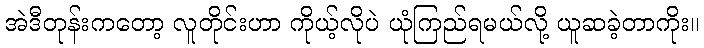
အဲဒီတုန်းကတော့ လူတိုင်းဟာ ကိုယ့်လိုပဲ ယုံကြည်ရမယ်လို့ ယူဆခဲ့တာကိုး။